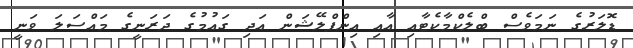
ޑޮލަރުގެ ނަމަވެސް ބްލެކްމާކެޓާއި އާއި އިންފްލޭޝަން އަދި ގައުމުގެ ދަރަނީގެ މައްސަލަ ވަނީ